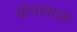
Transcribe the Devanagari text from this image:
मीनावाला